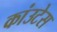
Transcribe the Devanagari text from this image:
कांउटेस